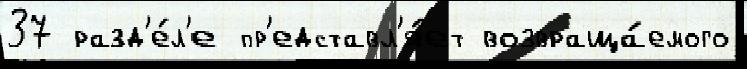
37 разд'е́л'е пр'едставл'я́ет возвраща́емого